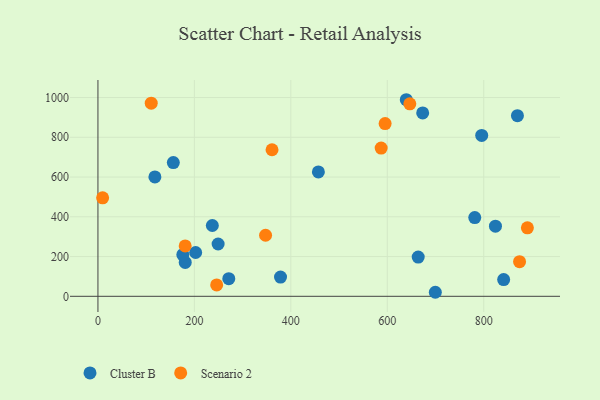
{"axis": {"x": "Engine Size", "y": "Profit"}, "legend": ["Cluster B", "Scenario 2"], "data": [{"x": "824.3", "y": 352.7, "type": "Cluster B"}, {"x": "118.1", "y": 600.5, "type": "Cluster B"}, {"x": "841.3", "y": 84.2, "type": "Cluster B"}, {"x": "664.1", "y": 197.4, "type": "Cluster B"}, {"x": "781.4", "y": 396.0, "type": "Cluster B"}, {"x": "271.3", "y": 88.9, "type": "Cluster B"}, {"x": "249.2", "y": 263.1, "type": "Cluster B"}, {"x": "639.4", "y": 989.0, "type": "Cluster B"}, {"x": "181.0", "y": 170.7, "type": "Cluster B"}, {"x": "156.3", "y": 672.8, "type": "Cluster B"}, {"x": "202.6", "y": 220.4, "type": "Cluster B"}, {"x": "457.1", "y": 626.0, "type": "Cluster B"}, {"x": "869.9", "y": 908.9, "type": "Cluster B"}, {"x": "795.8", "y": 809.4, "type": "Cluster B"}, {"x": "699.6", "y": 20.3, "type": "Cluster B"}, {"x": "176.0", "y": 209.7, "type": "Cluster B"}, {"x": "237.2", "y": 356.3, "type": "Cluster B"}, {"x": "378.6", "y": 96.8, "type": "Cluster B"}, {"x": "673.4", "y": 922.8, "type": "Cluster B"}, {"x": "347.6", "y": 307.1, "type": "Scenario 2"}, {"x": "9.7", "y": 495.3, "type": "Scenario 2"}, {"x": "180.9", "y": 253.6, "type": "Scenario 2"}, {"x": "890.5", "y": 344.3, "type": "Scenario 2"}, {"x": "110.5", "y": 971.8, "type": "Scenario 2"}, {"x": "361.0", "y": 737.3, "type": "Scenario 2"}, {"x": "646.7", "y": 968.4, "type": "Scenario 2"}, {"x": "595.5", "y": 868.8, "type": "Scenario 2"}, {"x": "874.3", "y": 174.3, "type": "Scenario 2"}, {"x": "246.2", "y": 57.4, "type": "Scenario 2"}, {"x": "587.3", "y": 745.6, "type": "Scenario 2"}]}